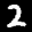
Label: 2